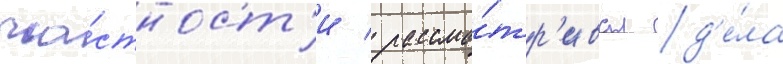
ча́стност'и / рассма́тр'ивал д'е́ла